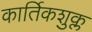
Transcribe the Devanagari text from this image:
कार्तिकशुक्ल